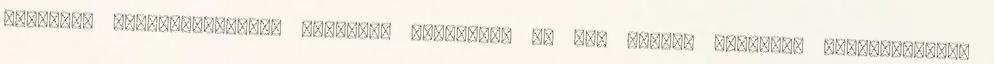
fürdősók illatosítására, valamint hörghurut és tbc elleni vízgőzös belélegzésre,